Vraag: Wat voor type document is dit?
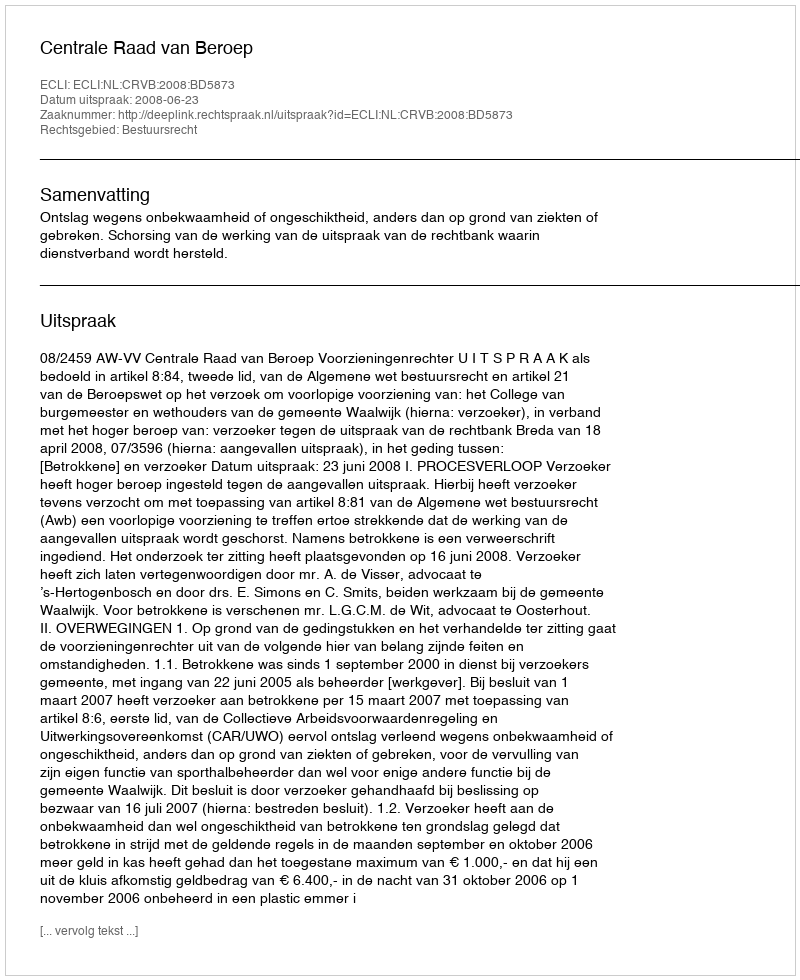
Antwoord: Uitspraak